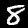
Label: 8